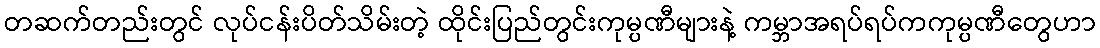
တဆက်တည်းတွင် လုပ်ငန်းပိတ်သိမ်းတဲ့ ထိုင်းပြည်တွင်းကုမ္ပဏီများနဲ့ ကမ္ဘာအရပ်ရပ်ကကုမ္ပဏီတွေဟာ